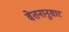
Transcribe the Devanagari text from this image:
वेतनानुसार